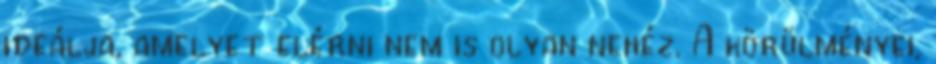
ideálja, amelyet elérni nem is olyan nehéz. A körülményei,